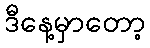
ဒီနေ့မှာတော့